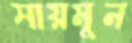
সায়মুন